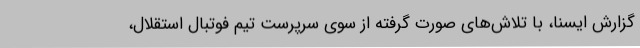
گزارش ایسنا، با تلاش‌های صورت گرفته از سوی سرپرست تیم فوتبال استقلال،